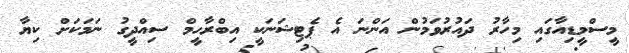
މީސްމީޑިއާގައި މިހާރު ދައުރުވަމުން އަންނަ އެ ޕެޓިޝަނަކީ އިބްރާހީމް ސިއްދީގު ނަމަކަށް ކިޔާ